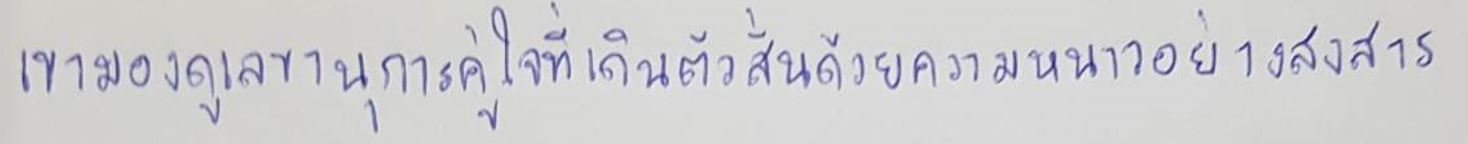
เขามองดูเลขานุการคู่ใจที่เดินตัวสั่นด้วยความหนาวอย่างสงสาร